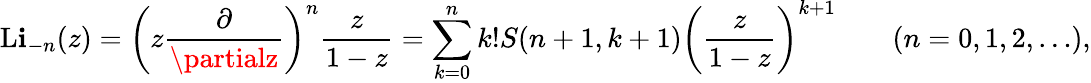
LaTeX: \operatorname{L\mathbf{i}}_{-n}(z)=\left(z{\frac{{\partial}}{{\partialz}}}\right)^{n}{\frac{{z}}{{1-z}}}=\sum_{k=0}^{n}k!S(n+1,k+1)\left({\frac{{z}}{{1-z}}}\right)^{k+1}\qquad(n=0,1,2,\ldots),